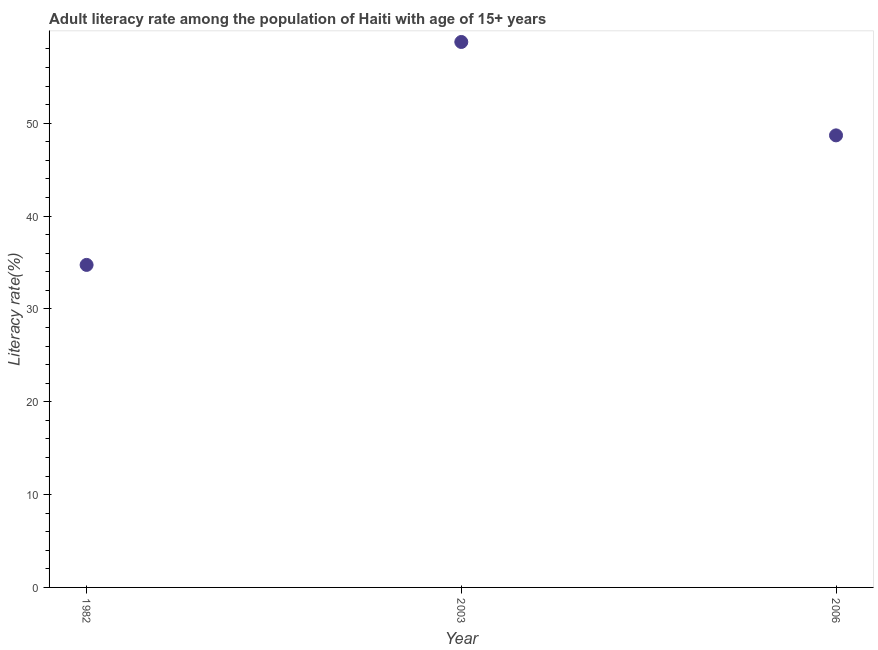
| Year | Adult literacy rate |
 | --- | --- |
 | 1982 | 34.7 |
 | 2003 | 58.7 |
 | 2006 | 48.7 |